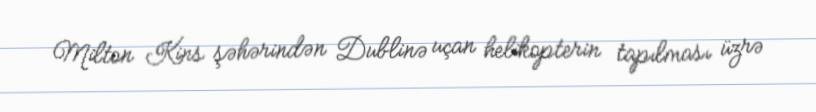
Milton Kins şəhərindən Dublinə uçan helikopterin tapılması üzrə